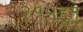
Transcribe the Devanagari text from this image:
२१५हून